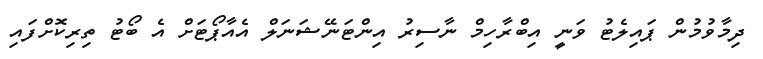
ދިމާވުމުން ޕައިލެޓު ވަނީ އިބްރާހިމް ނާސިރު އިންޓަނޭޝަނަލް އެއާޕޯޓަށް އެ ބޯޓު ތިރިކޮށްފައި